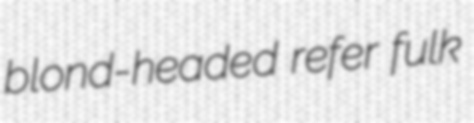
blond-headed refer fulk